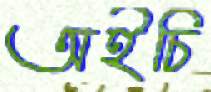
অইচি